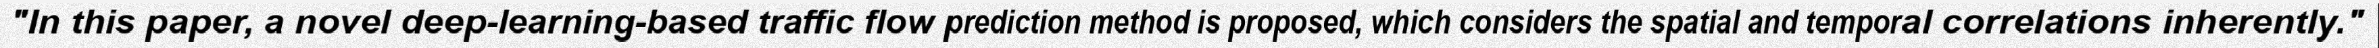
"In this paper, a novel deep-learning-based traffic flow prediction method is proposed, which considers the spatial and temporal correlations inherently."